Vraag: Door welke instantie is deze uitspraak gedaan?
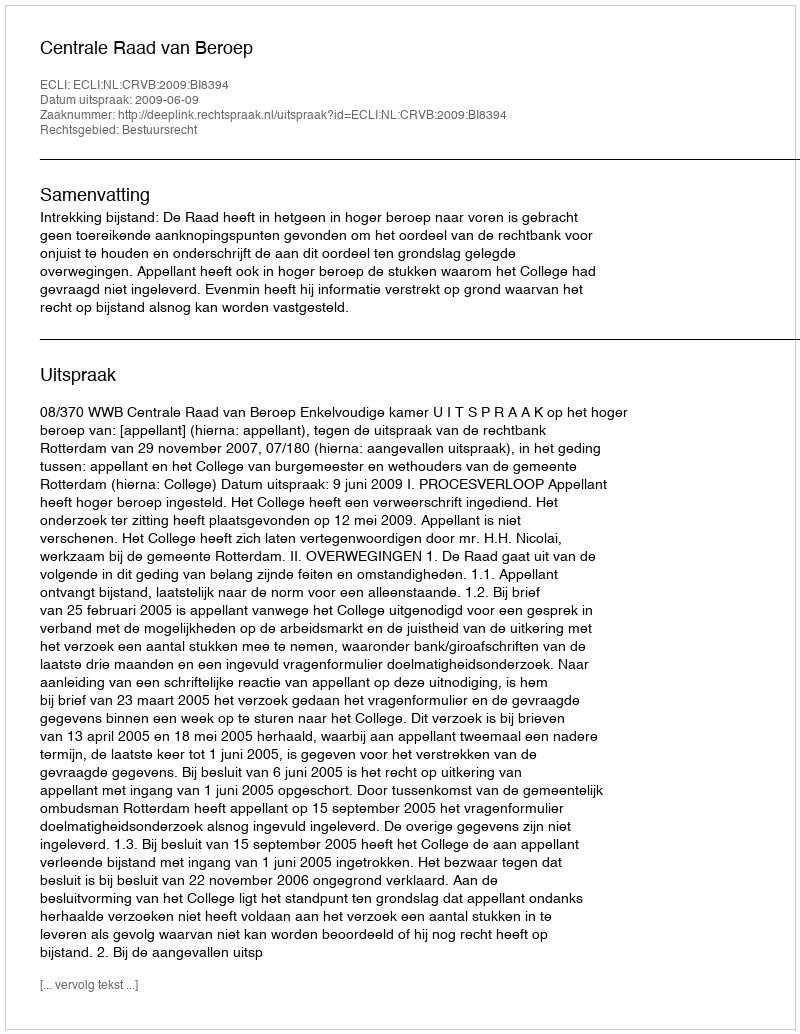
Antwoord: Centrale Raad van Beroep